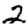
Digit: 2